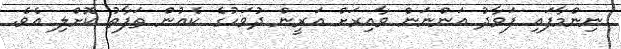
ނިންމާފައި ފަވާދު އަންނަން ވާއިރަށް އަރީން ދުވަހުގެ ކެއުން ތަފާތު ކޮށްލި އެވެ.